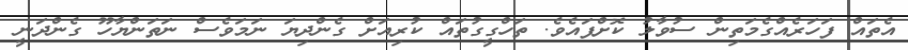
އެތައް ފަހަރެއްގެމަތިން ސުވާލު ކޮށްފައެވެ. ތަހްގީގުތައް ކުރިއަށް ގެންދިޔަ ނަމަވެސް ނަތަންޔާހޫ ގެންދަނީ